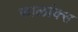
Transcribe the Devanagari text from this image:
फालांक्स